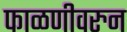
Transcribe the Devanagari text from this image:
फाळणीवरुन